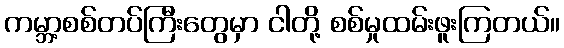
ကမ္ဘာ့စစ်တပ်ကြီးတွေမှာ ငါတို့ စစ်မှုထမ်းဖူးကြတယ်။